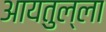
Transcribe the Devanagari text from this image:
आयतुल्ला